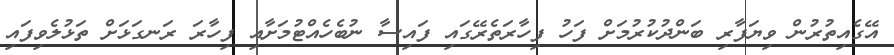
އޭގެއިތުރުން ވިޔަފާރި ބަންދުކުރުމަށް ފަހު ފިހާރަތެރޭގައި ފައިސާ ނުބެހެއްޓުމަށާއި ފިހާރަ ރަނގަޅަށް ތަޅުލެވިފައި